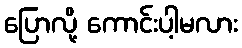
ပြောလို့ ကောင်းပါ့မလား